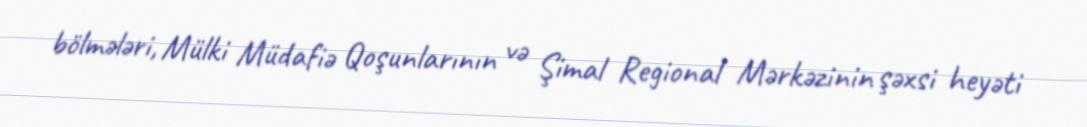
bölmələri, Mülki Müdafiə Qoşunlarının və Şimal Regional Mərkəzinin şəxsi heyəti